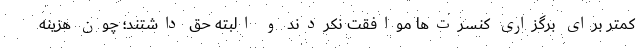
کمتر برای برگزاری کنسرت‌ها موافقت نکردند و البته حق داشتند؛ چون هزینه